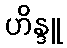
ဟိန္ဒူ